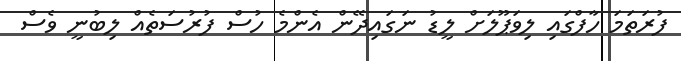
ފުރަތަމަ ހާފްގައި ލިވަޕޫލަށް ލީޑު ނަގައިދޭން އެންމެ ހުސް ފުރުސަތެއް ލިބުނީ ވެސް